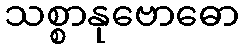
သစ္စာနုဗောဓော